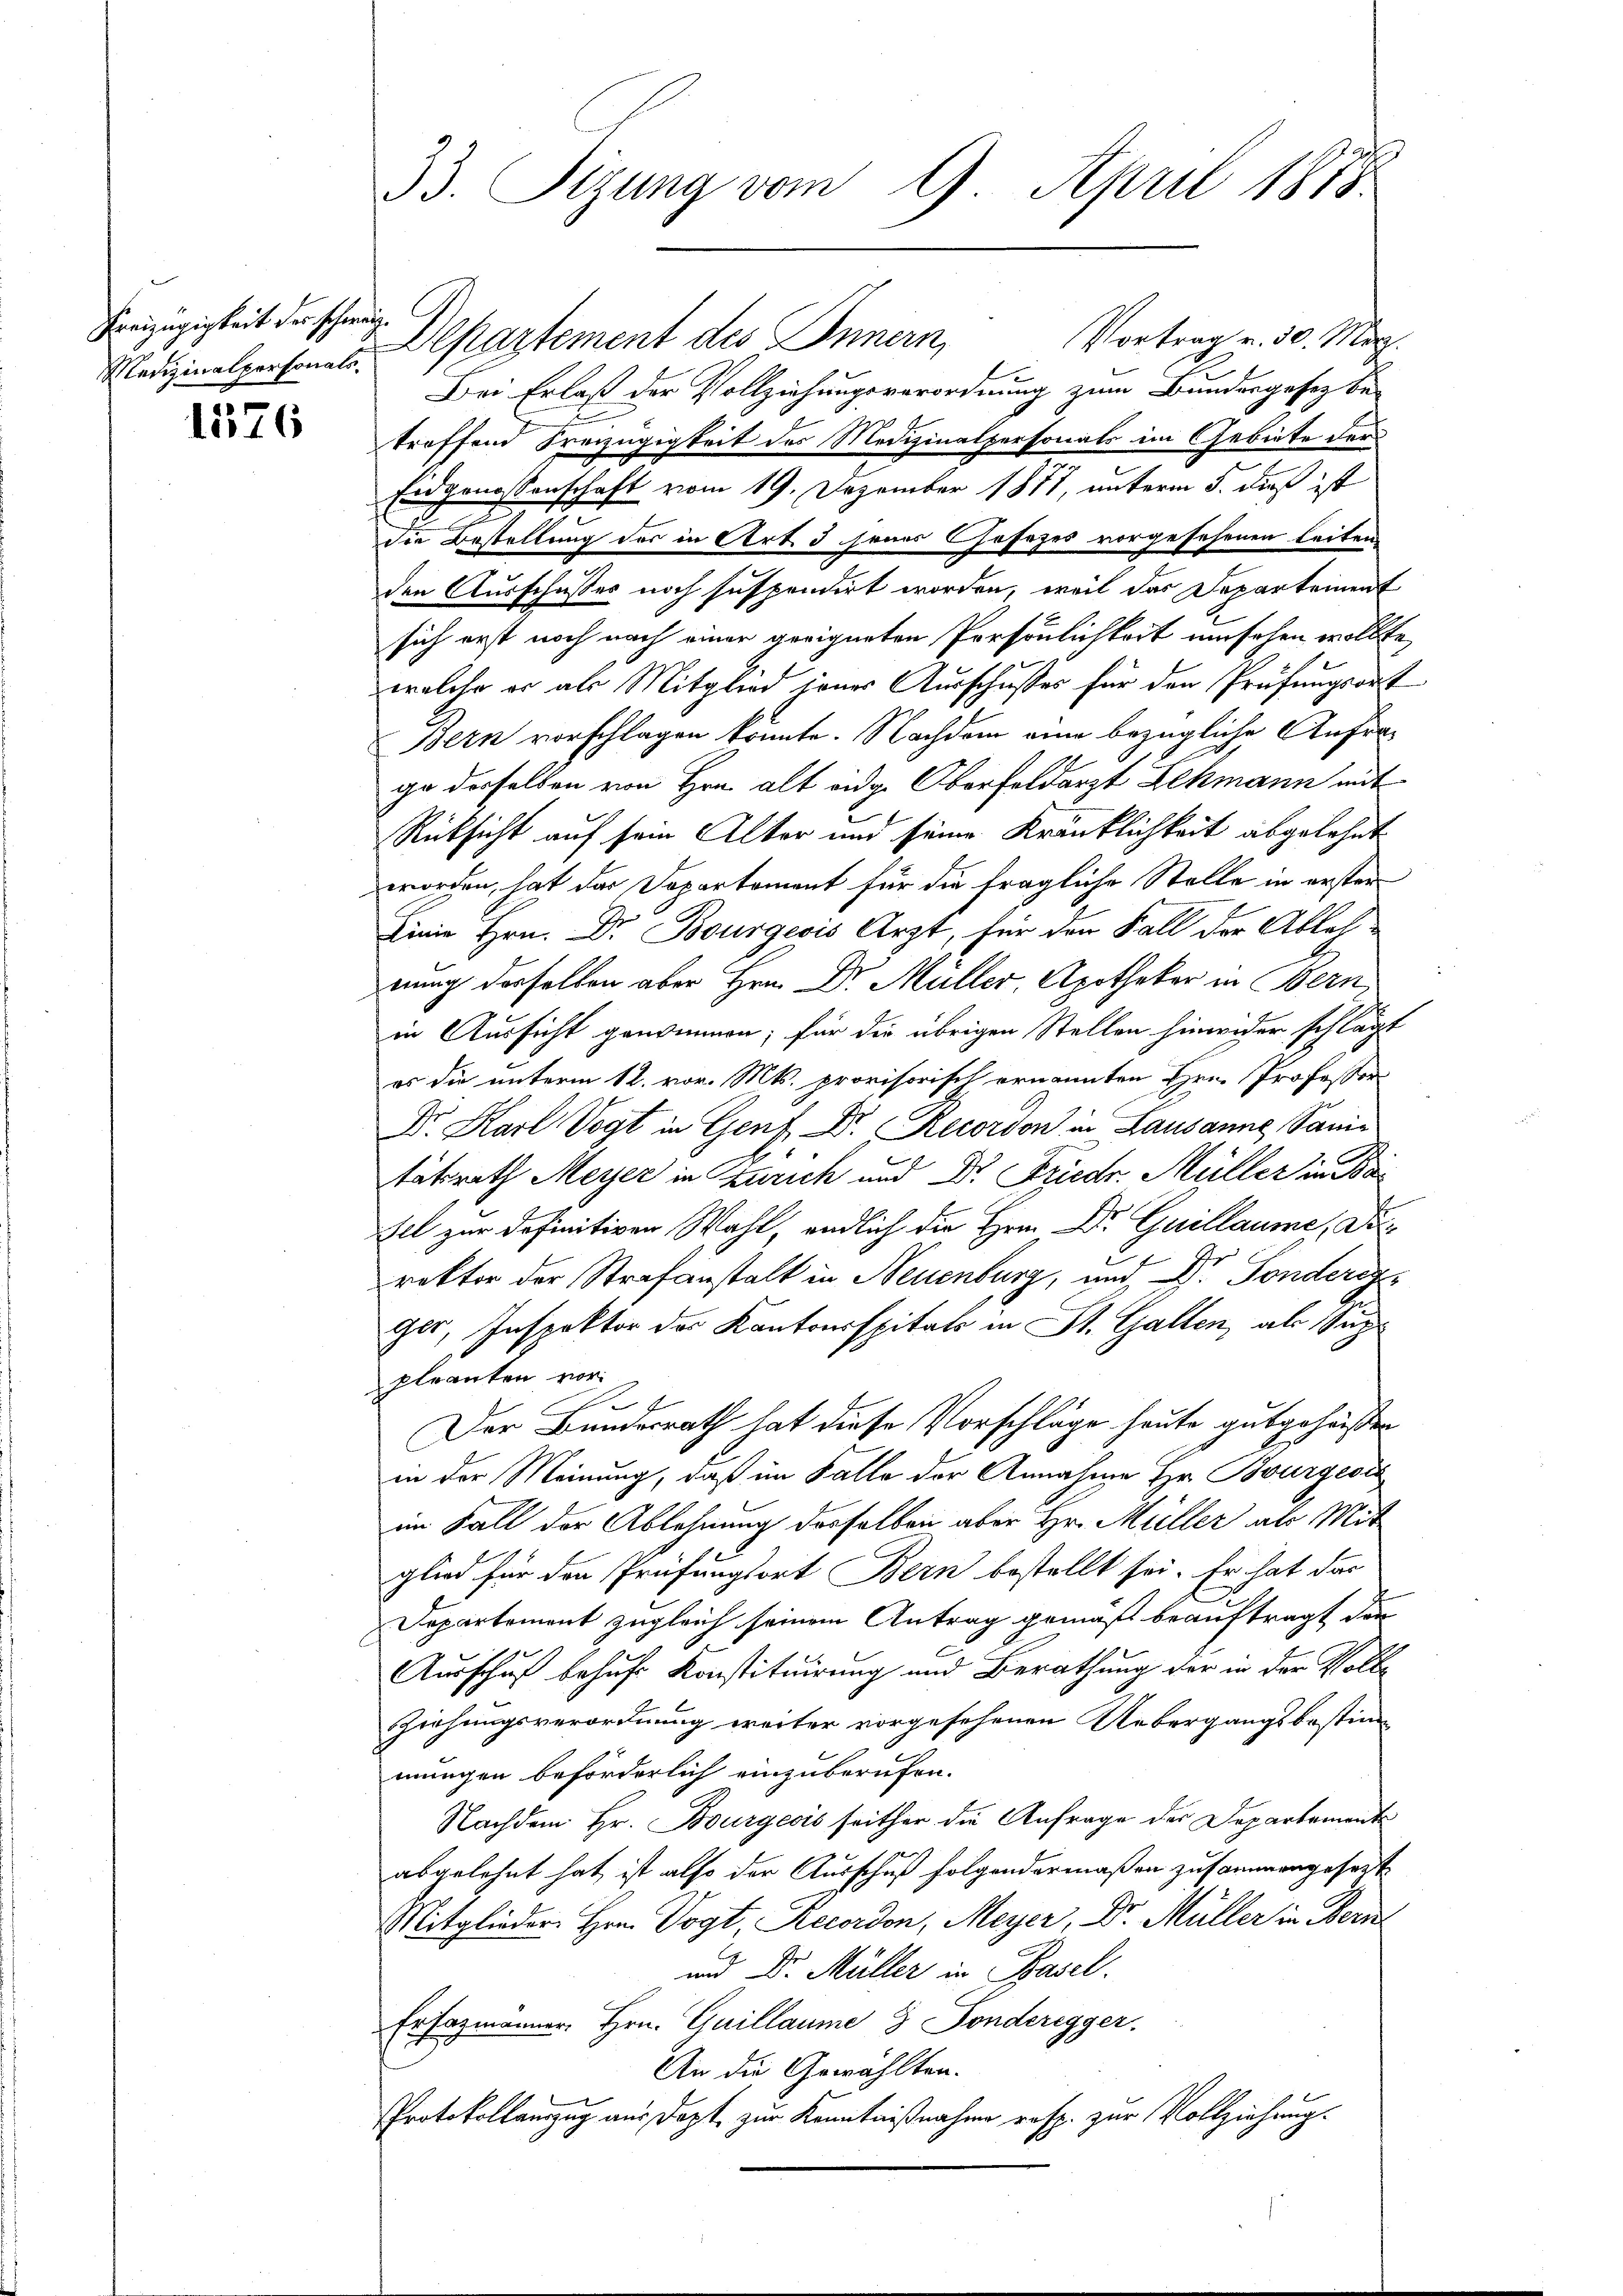
Freizügigkeit des schweiz.
Medizinalpersonals.

1576

Vortrag v. 30. März.
Departement des Innern,
Bei Erlaß der Vollziehungsverordnung zum Bundesgesetz betreffend Freizügigkeit des Medizinalpersonals im Gebiete der
Eidgenossenschaft vom 19. Dezember 1877, unterm 5. dieß ist
die Bestellung des in Art. 3 jenes Gesezes vorgesehenen Leiten
den Ausschusses noch suspendirt worden, weil das Departement
sich erst noch nach einer geeigneten Persönlichkeit umsehen wollte,
welche er als Mitglied jener Ausschusses für den Prüfungsort
Bern vorschlagen könnte. Nachdem eine bezügliche Anfrage derselben von Hrn. alt eidg. Oberfeldarzt Lehmann mit
Rücksicht auf sein Alter und seine Kranklichkeit abgelehnt
worden, hat das Departement für die fragliche Stelle in erster
Dinie Hrn. Dr Bourgeois Arzt, für den Fall der Ablel
nung derselben aber Hrn. Dr. Müller, Apotheker in Bern,
in Aussicht genommen; für die übrigen Stellen hinwider schlägt
es die unterm 12. vor. Mts. provisorisch ernannten Hrn. Professor
Dr. Karl Vogt in Genf. Dr. Recordon in Lausanne, Sanitätsrath Meyer in Zürich und Dr. Friedr. Müller in Bael zur Definitiven Wahl, endlich die Hrn. Dr Guillaume, Direktor der Strafanstalt in Neuenburg, und Dr. Fonderger, Inspektor des Kantonsspitals in St. Gallen, als Suppleanten vor¬
2
Der Bundesrath hat diese Vorschläge heute gutgeheißen
in der Meinung, daß im Falle der Annahme Hr. Bourgest
im Fall der Ablehnung desselben aber Hr. Müller als Mit
glied für den Prüfungsort Bern bestellt sei. Er hat das
Departement zugleich seinem Antrag gemäß beauftragt dann
Ausschuß behufs Konstituirung und Berathung der in der Voll¬
Ziehungsverordnung weiter vorgesehenen Uebergangsbestimmungen beförderlich einzuberufen.
Nachdem Hr. Bourgeois seither die Anfrage der Departemente
abgelehnt hat, ist also der Ausschuß folgendermaßen zusammengesezt
Mitglieder Hrn. Vogt, Recordon, Meyer, Dr. Müller in Bern
und Dr. Müller in Basel.
Ersazmänner, Hrn. Guillaume 3 Ponderegger.
An die Gewählten.
Protokollauszug aus Dopt, zur Kenntnißnahme resp. zur Vollziehung.

33. Tizung vom 9. April 1878.